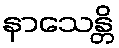
နာသေန္တိ